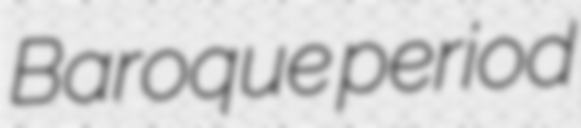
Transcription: Baroque period